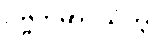
ပဗ္ဗတမာဝသိတွာ